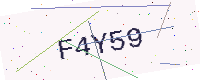
Text: F4Y59